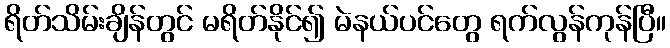
ရိတ်သိမ်းချိန်တွင် မရိတ်နိုင်၍ မဲနယ်ပင်တွေ ရက်လွန်ကုန်ပြီ။